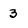
Character: 3